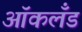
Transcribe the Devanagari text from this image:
आॅकलँड